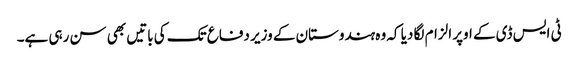
ٹی ایس ڈی کے اوپر الزام لگا دیا کہ وہ ہندوستان کے وزیر دفاع تک کی باتیں بھی سن رہی ہے۔